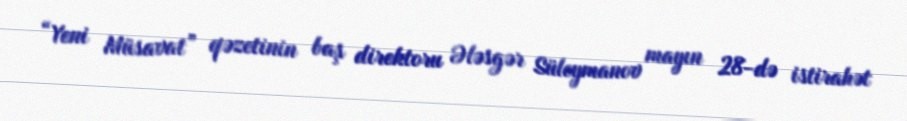
“Yeni Müsavat” qəzetinin baş direktoru Ələsgər Süleymanov mayın 28-də istirahət